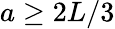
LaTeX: a\ge 2L/3